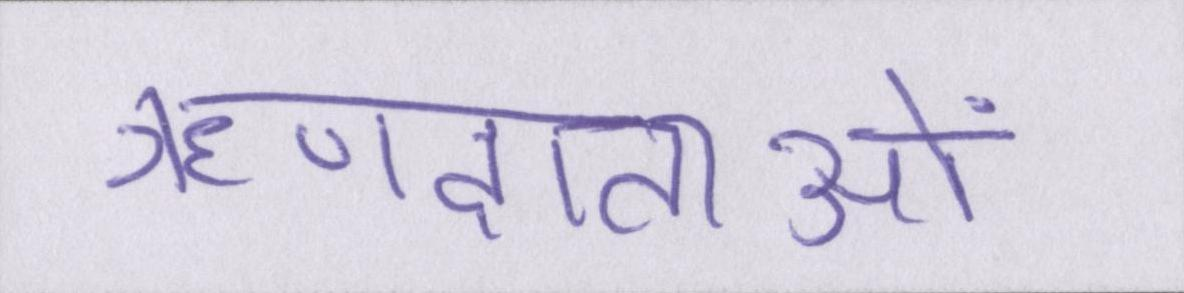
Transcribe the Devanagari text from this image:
ऋणदाताओं